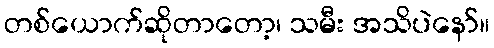
တစ်ယောက်ဆိုတာတော့၊ သမီး အသိပဲနော်။